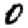
Digit: 0